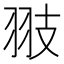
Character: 翄